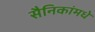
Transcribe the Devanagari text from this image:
सैनिकांमधे